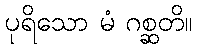
ပုရိသော မံ ဂစ္ဆတိ။